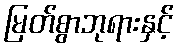
မြတ်စွာဘုရားနှင့်